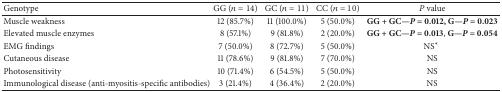
| Genotype | GG (n = 14) | GC (n = 11) | CC (n = 10) | P value |
 | --- | --- | --- | --- | --- |
 | Muscle weakness | 12 (85.7%) | 11 (100.0%) | 5 (50.0%) | GG + GC—P = 0.012, G—P = 0.023 |
 | Elevated muscle enzymes | 8 (57.1%) | 9 (81.8%) | 2 (20.0%) | GG + GC—P = 0.013, G—P = 0.054 |
 | EMG findings | 7 (50.0%) | 8 (72.7%) | 5 (50.0%) | NS* |
 | Cutaneous disease | 11 (78.6%) | 9 (81.8%) | 7 (70.0%) | NS |
 | Photosensitivity | 10 (71.4%) | 6 (54.5%) | 5 (50.0%) | NS |
 | Immunological disease (anti-myositis-specific antibodies) | 3 (21.4%) | 4 (36.4%) | 2 (20.0%) | NS |